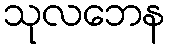
သုလဘေန